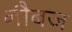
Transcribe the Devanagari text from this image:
नौबज